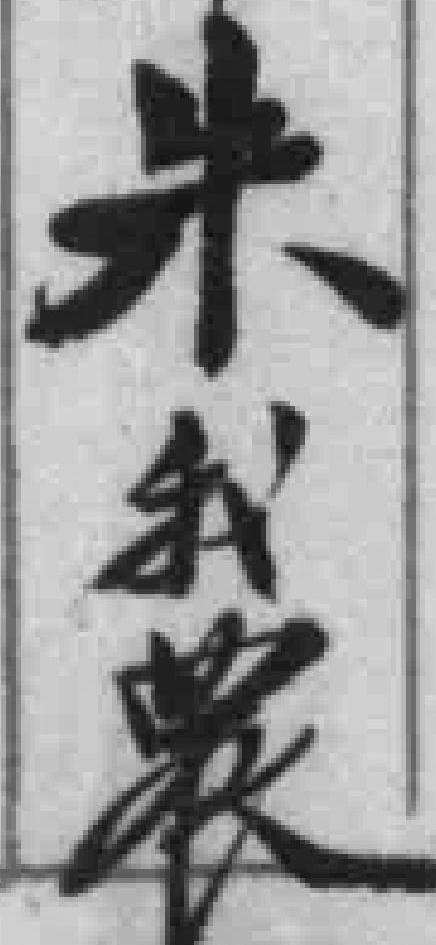
朱我農